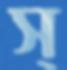
স্